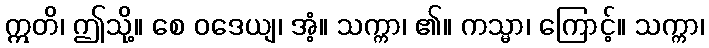
ဣတိ၊ ဤသို့။ စေ ဝဒေယျ၊ အံ့။ သက္ကာ၊ ၏။ ကသ္မာ၊ ကြောင့်။ သက္ကာ၊